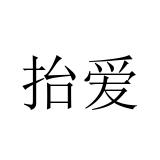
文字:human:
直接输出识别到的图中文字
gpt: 抬爱